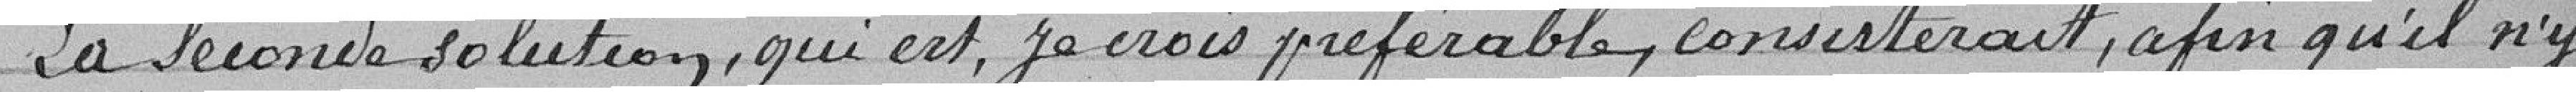
La seconde solution, qui est je crois préférable, consisterait, afin qu'il n'y